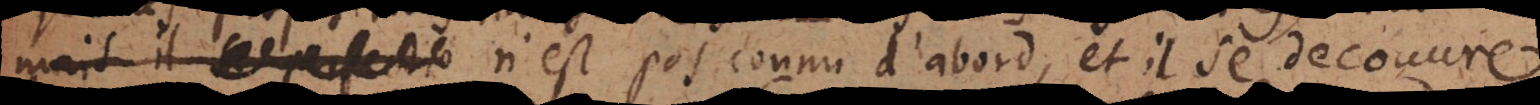
ordre n’est pas connu d’abord, et il se decouvre